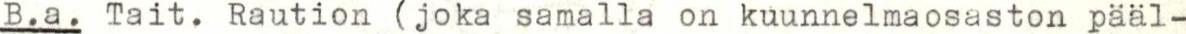
B.a. Tait. Raution (joka samalla on kuunnelmaosaston pääl-